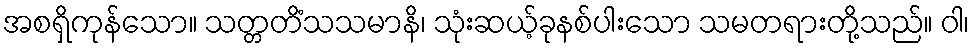
အစရှိကုန်သော။ သတ္တတိံသသမာနိ၊ သုံးဆယ့်ခုနစ်ပါးသော သမတရားတို့သည်။ ဝါ၊